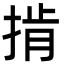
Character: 掯